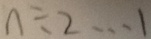
n \div 2 \cdots 1